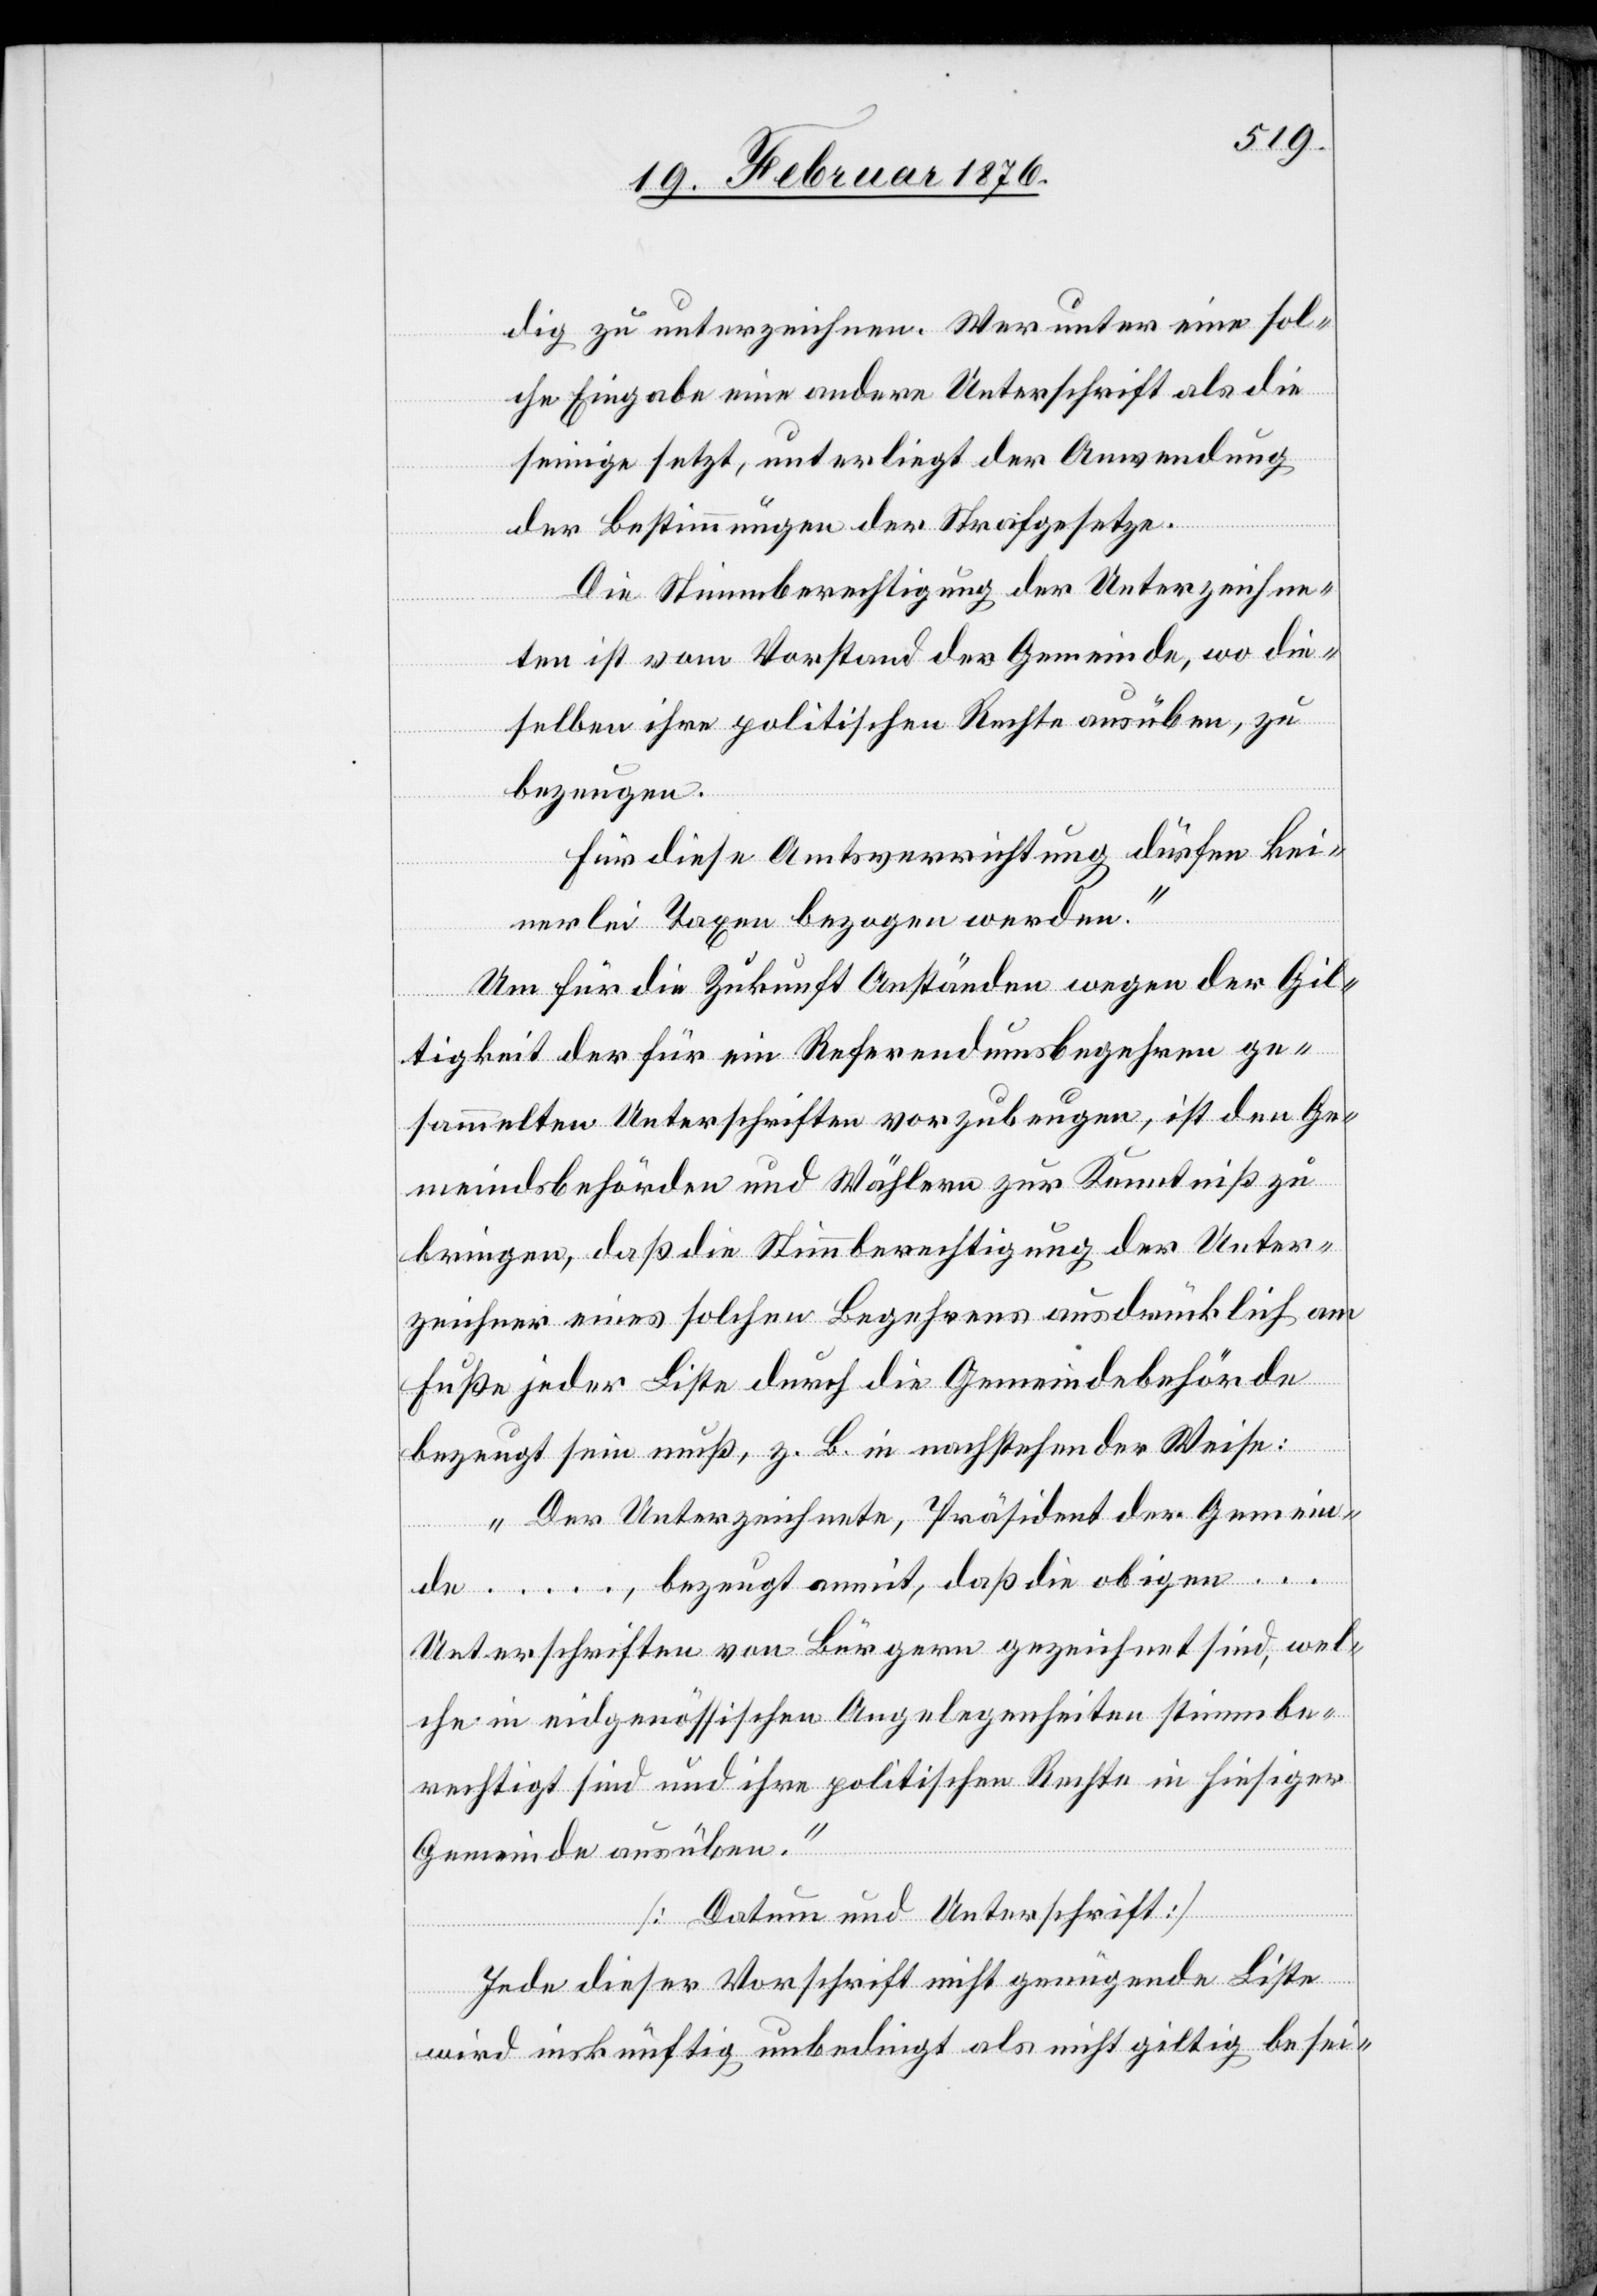
dig zu unterzeichnen. Wer unter eine sol¬
che Eingabe eine andere Unterschrift als die
seinige setzt, unterliegt der Anwendung
der Bestimmungen der Strafgesetze.
Die Stimmberechtigung der Unterzeichne¬
ten ist vom Vorstand der Gemeinde, wo die¬
selben ihre politischen Rechte ausüben, zu
bezeugen.
Für diese Amtsverrichtung dürfen kei¬
nerlei Taxen bezogen werden.“
Um für die Zukunft Anständen wegen der Gil¬
tigkeit [sic!]der für ein Referendumsbegehren ge¬
sammelten Unterschriften vorzubeugen, ist den Ge¬
meindebehörden und Wählern zur Kenntniß zu
bringen, daß die Stimmberechtigung der Unter¬
zeichner eines solchen Begehrens ausdrücklich am
Fuße jeder Liste durch die Gemeindebehörde
bezeugt sein muß, z. B. in nachfolgender Weise:
„Der Unterzeichnete, Präsident der Gemein¬
besei-
de …, bezeugt anmit, daß die obigen …
Unterschriften von Bürgern gezeichnet sind, wel¬
che in eidgenössischen Angelegenheiten stimmbe¬
rechtigt sind und ihre politischen Rechte in hiesiger
Gemeinde ausüben.“
[Datum und Unterschrift]
Jede dieser Vorschrift nicht genügende Liste
wird inskünftig unbedingt als nicht giltig [si¬